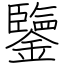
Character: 鑒